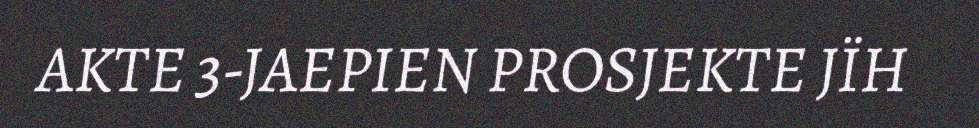
AKTE 3-JAEPIEN PROSJEKTE JÏH